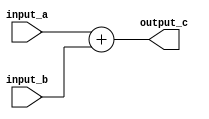
module parameterized_module #(parameter DATA_WIDTH = 8)
(
    input wire [DATA_WIDTH-1:0] input_a,
    input wire [DATA_WIDTH-1:0] input_b,
    output reg [DATA_WIDTH-1:0] output_c
);

always @(*) begin
    output_c = input_a + input_b;
end

endmodule